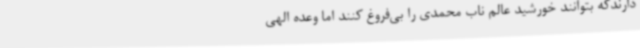
دارندکه بتوانند خورشید عالم ناب محمدی را بی‌فروغ کنند اما وعده الهی